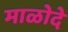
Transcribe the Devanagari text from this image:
माळोदे